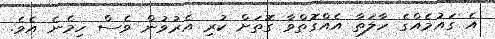
އެ ގައުމެއްގެ ހާލަތާ އެއްގޮތްވާ ގޮތަށް ކުރި އެރުވުން ވެސް ހިމެނެ އެވެ.